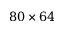
8 0 \times 6 4